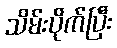
သိမ်းပိုက်ပြီး